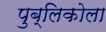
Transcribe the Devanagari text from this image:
पुब्लिकोला